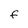
Character: F